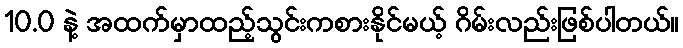
10.0 နဲ့ အထက်မှာထည့်သွင်းကစားနိုင်မယ့် ဂိမ်းလည်းဖြစ်ပါတယ်။